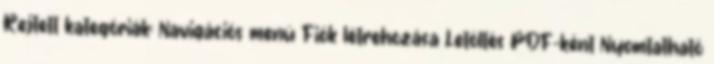
Rejtett kategóriák: Navigációs menü Fiók létrehozása Letöltés PDF-ként Nyomtatható